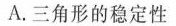
A.三角形的稳定性